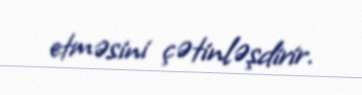
etməsini çətinləşdirir.